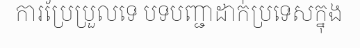
ការប្រែប្រួលទេ បទបញ្ជាដាក់ប្រទេសក្នុង